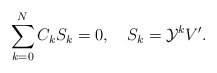
\begin{align*}\sum_{k=0}^{N}C_kS_k=0,\quad S_k={\cal Y}^kV'.\end{align*}